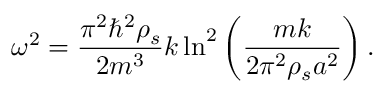
\omega ^ { 2 } = \frac { \pi ^ { 2 } \hbar ^ { 2 } \rho _ { s } } { 2 m ^ { 3 } } k \ln ^ { 2 } \left( \frac { m k } { 2 \pi ^ { 2 } \rho _ { s } a ^ { 2 } } \right) .